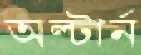
অল্টার্ন